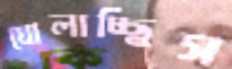
ঘোলাচ্ছিস